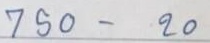
750  - 20